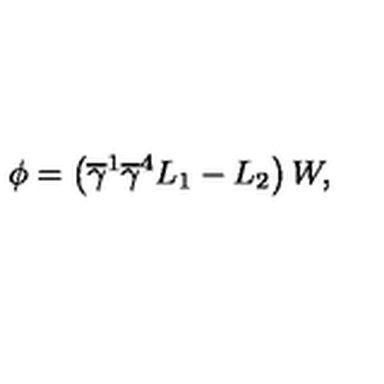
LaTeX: \phi = \left( \overline { { \gamma } } ^ { 1 } \overline { { \gamma } } ^ { 4 } L _ { 1 } - L _ { 2 } \right) W ,